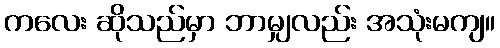
ကလေး ဆိုသည်မှာ ဘာမျှလည်း အသုံးမကျ။